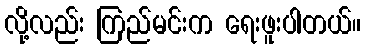
လို့လည်း ကြည်မင်းက ရေးဖူးပါတယ်။